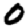
Digit: 0